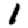
Digit: 1